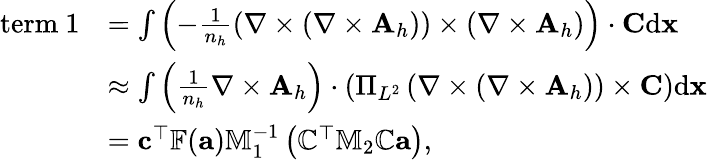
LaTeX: \begin{array}{rl}{\mathrm{term~1}}&{=\int\left(-\frac{1}{n_{h}}\left({\nabla}\times({\nabla}\times{\mathbf A}_{h})\right)\times\left({\nabla}\times{\mathbf A}_{h}\right)\right)\cdot{\mathbf C}\mathrm{d}{\mathbf x}}\\ &{\approx\int\left(\frac{1}{n_{h}}{\nabla}\times{\mathbf A}_{h}\right)\cdot\left(\Pi_{L^{2}}\left({\nabla}\times({\nabla}\times{\mathbf A}_{h})\right)\times{\mathbf C}\right)\mathrm{d}{\mathbf x}}\\ &{={\mathbf c}^{\top}\mathbb{F}({\mathbf a})\mathbb{M}_{1}^{-1}\left(\mathbb{C}^{\top}\mathbb{M}_{2}\mathbb{C}{\mathbf a}\right),}\end{array}